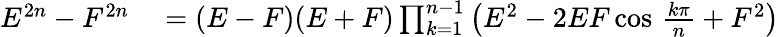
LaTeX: \begin{array}{rl}{E^{2n}-F^{2n}}&{{}=(E-F)(E+F)\prod_{k=1}^{n-1}\left(E^{2}-2EF\cos\, {\frac{k\pi}{n}}+F^{2}\right)}\end{array}